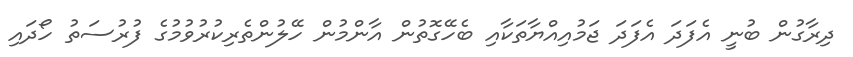
ދިރާގުން ބުނީ އެފަދަ އެފަދަ ޖަމުއިއްޔާތަކާއި ބެހޭގޮތުން އާންމުން ހޭލުންތެރިކުރުވުމުގެ ފުރުސަތު ހޯދައި